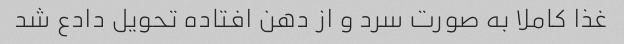
غذا کاملا به صورت سرد و از دهن افتاده تحویل دادع شد